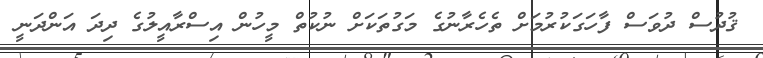
ޤުދުސް ދުވަސް ފާހަގަކުރުމަށް ތެހެރާނުގެ މަގުތަކަށް ނުކުތް މީހުން އިސްރާއީލުގެ ދިދަ އަންދަނީ